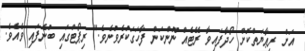
އަށް ރިޢާޔަތްކޮށް ހޯދާފައިވާ ރޭޓެއް ނޫންކަން ފާހަގަކުރެވުނެވެ." ރިޕޯޓްގައި ބުނެފައި ވެއެވެ.